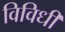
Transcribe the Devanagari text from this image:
विविधी